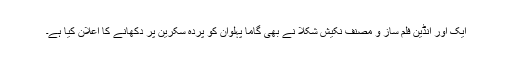
ایک اور انڈین فلم ساز و مصنف نکیش شکلا نے بھی گاما پہلوان کو پردہ سکرین پر دکھانے کا اعلان کیا ہے۔